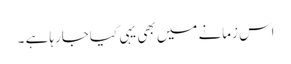
اس زمانے میں بھی یہی کیاجارہا ہے ۔